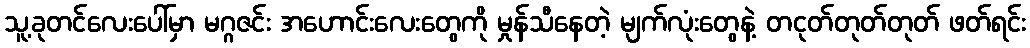
သူ့ခုတင်လေးပေါ်မှာ မဂ္ဂဇင်း အဟောင်းလေးတွေကို မှုန်သီနေတဲ့ မျက်လုံးတွေနဲ့ တငုတ်တုတ်တုတ် ဖတ်ရင်း